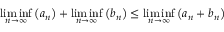
\underset { n \rightarrow \infty } { \operatorname* { l i m } \operatorname* { i n f } } \left( a _ { n } \right) + \underset { n \rightarrow \infty } { \operatorname* { l i m } \operatorname* { i n f } } \left( b _ { n } \right) \leq \underset { n \rightarrow \infty } { \operatorname* { l i m } \operatorname* { i n f } } \left( a _ { n } + b _ { n } \right)